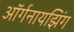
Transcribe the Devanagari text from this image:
ऑर्गनायझिंग